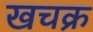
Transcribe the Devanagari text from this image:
खचक्र